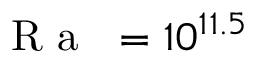
\mathrm { ~ \textit ~ { ~ R ~ a ~ } ~ } = 1 0 ^ { 1 1 . 5 }